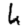
Digit: 4